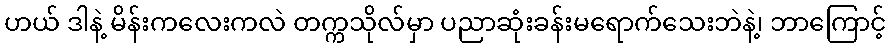
ဟယ် ဒါနဲ့ မိန်းကလေးကလဲ တက္ကသိုလ်မှာ ပညာဆုံးခန်းမရောက်သေးဘဲနဲ့၊ ဘာကြောင့်